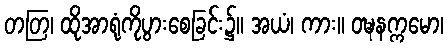
တတြ၊ ထိုအာရုံကိုပွားစေခြင်း၌။ အယံ၊ ကား။ ဝဍ္ဎနက္ကမော၊